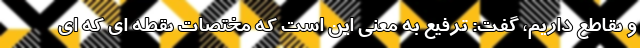
و تقاطع داریم، گفت: ترفیع به معنی این است که مختصات نقطه ای که ای